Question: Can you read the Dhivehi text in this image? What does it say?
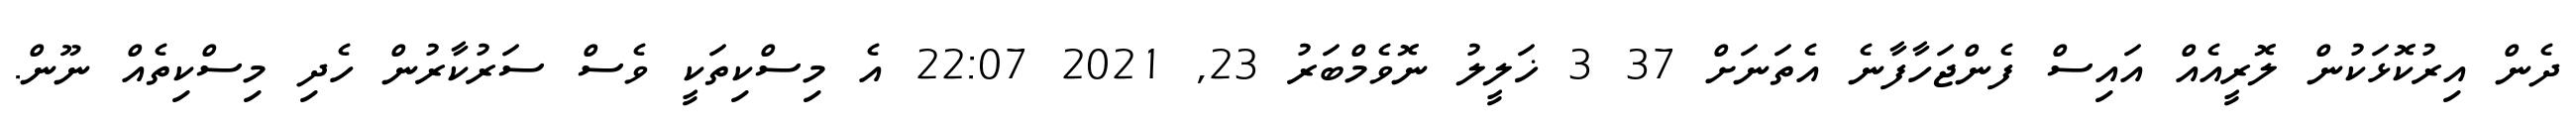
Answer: ދެން އިރުކޮޅަކުން ލޮރީއެއް އައިސް ފެންޖަހާފާނެ އެތަނަށް 37 3 ޚަލީލު ނޮވެމްބަރު 23, 2021 22:07 އެ މިސްކިތަކީ ވެސް ސަރުކާރުން ހެދި މިސްކިތެއް ނޫން.